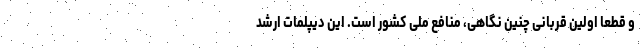
و قطعا اولین قربانی چنین نگاهی، منافع ملی کشور است. این دیپلمات ارشد